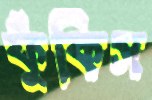
ফুঁকিস